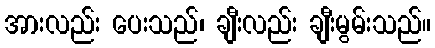
အားလည်း ပေးသည်၊ ချီးလည်း ချီးမွမ်းသည်။